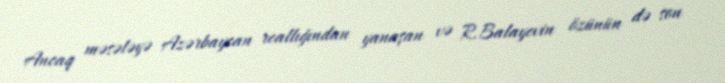
Ancaq məsələyə Azərbaycan reallığından yanaşan və R.Balayevin özünün də son